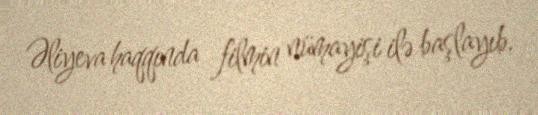
Əliyeva haqqında filmin nümayişi ilə başlayıb.